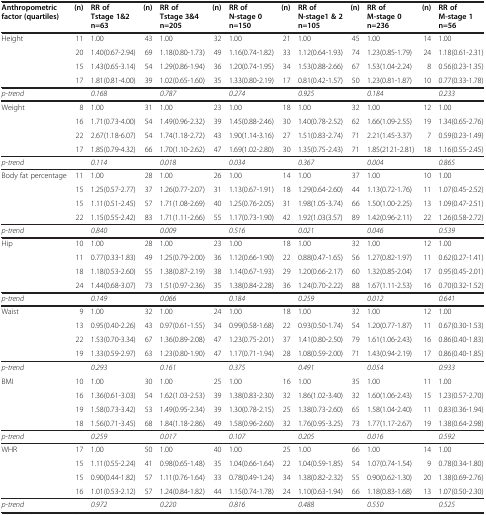
<table><thead><tr><td><b>Anthropometric factor (quartiles)</b></td><td><b>(n)</b></td><td><b>RR of Tstage 1&amp;2 n=63</b></td><td><b>(n)</b></td><td><b>RR of Tstage 3&amp;4 n=205</b></td><td><b>(n)</b></td><td><b>RR of N-stage 0 n=150</b></td><td><b>(n)</b></td><td><b>RR of N-stage1 &amp; 2 n=105</b></td><td><b>(n)</b></td><td><b>RR of M-stage 0 n=236</b></td><td><b>(n)</b></td><td><b>RR of M-stage 1 n=56</b></td></tr></thead><tbody><tr><td>Height</td><td>11</td><td>1.00</td><td>43</td><td>1.00</td><td>32</td><td>1.00</td><td>21</td><td>1.00</td><td>45</td><td>1.00</td><td>14</td><td>1.00</td></tr><tr><td> </td><td>20</td><td>1.40(0.67-2.94)</td><td>69</td><td>1.18(0.80-1.73)</td><td>49</td><td>1.16(0.74-1.82)</td><td>33</td><td>1.12(0.64-1.93)</td><td>74</td><td>1.23(0.85-1.79)</td><td>24</td><td>1.18(0.61-2.31)</td></tr><tr><td> </td><td>15</td><td>1.43(0.65-3.14)</td><td>54</td><td>1.29(0.86-1.94)</td><td>36</td><td>1.20(0.74-1.95)</td><td>34</td><td>1.53(0.88-2.66)</td><td>67</td><td>1.53(1.04-2.24)</td><td>8</td><td>0.56(0.23-1.35)</td></tr><tr><td> </td><td>17</td><td>1.81(0.81-4.00)</td><td>39</td><td>1.02(0.65-1.60)</td><td>35</td><td>1.33(0.80-2.19)</td><td>17</td><td>0.81(0.42-1.57)</td><td>50</td><td>1.23(0.81-1.87)</td><td>10</td><td>0.77(0.33-1.78)</td></tr><tr><td><i>p-trend</i></td><td> </td><td><i>0.168</i></td><td> </td><td><i>0.787</i></td><td> </td><td><i>0.274</i></td><td> </td><td><i>0.925</i></td><td> </td><td><i>0.184</i></td><td> </td><td><i>0.233</i></td></tr><tr><td>Weight</td><td>8</td><td>1.00</td><td>31</td><td>1.00</td><td>23</td><td>1.00</td><td>18</td><td>1.00</td><td>32</td><td>1.00</td><td>12</td><td>1.00</td></tr><tr><td> </td><td>16</td><td>1.71(0.73-4.00)</td><td>54</td><td>1.49(0.96-2.32)</td><td>39</td><td>1.45(0.88-2.46)</td><td>30</td><td>1.40(0.78-2.52)</td><td>62</td><td>1.66(1.09-2.55)</td><td>19</td><td>1.34(0.65-2.76)</td></tr><tr><td> </td><td>22</td><td>2.67(1.18-6.07)</td><td>54</td><td>1.74(1.18-2.72)</td><td>43</td><td>1.90(1.14-3.16)</td><td>27</td><td>1.51(0.83-2.74)</td><td>71</td><td>2.21(1.45-3.37)</td><td>7</td><td>0.59(0.23-1.49)</td></tr><tr><td> </td><td>17</td><td>1.85(0.79-4.32)</td><td>66</td><td>1.70(1.10-2.62)</td><td>47</td><td>1.69(1.02-2.80)</td><td>30</td><td>1.35(0.75-2.43)</td><td>71</td><td>1.85(2121-2.81)</td><td>18</td><td>1.16(0.55-2.45)</td></tr><tr><td><i>p-trend</i></td><td> </td><td><i>0.114</i></td><td> </td><td><i>0.018</i></td><td> </td><td><i>0.034</i></td><td> </td><td><i>0.367</i></td><td> </td><td><i>0.004</i></td><td> </td><td><i>0.865</i></td></tr><tr><td>Body fat percentage</td><td>11</td><td>1.00</td><td>28</td><td>1.00</td><td>26</td><td>1.00</td><td>14</td><td>1.00</td><td>37</td><td>1.00</td><td>10</td><td>1.00</td></tr><tr><td> </td><td>15</td><td>1.25(0.57-2.77)</td><td>37</td><td>1.26(0.77-2.07)</td><td>31</td><td>1.13(0.67-1.91)</td><td>18</td><td>1.29(0.64-2.60)</td><td>44</td><td>1.13(0.72-1.76)</td><td>11</td><td>1.07(0.45-2.52)</td></tr><tr><td> </td><td>15</td><td>1.11(0.51-2.45)</td><td>57</td><td>1.71(1.08-2.69)</td><td>40</td><td>1.25(0.76-2.05)</td><td>31</td><td>1.98(1.05-3.74)</td><td>66</td><td>1.50(1.00-2.25)</td><td>13</td><td>1.09(0.47-2.51)</td></tr><tr><td> </td><td>22</td><td>1.15(0.55-2.42)</td><td>83</td><td>1.71(1.11-2.66)</td><td>55</td><td>1.17(0.73-1.90)</td><td>42</td><td>1.92(1.03(3.57)</td><td>89</td><td>1.42(0.96-2.11)</td><td>22</td><td>1.26(0.58-2.72)</td></tr><tr><td><i>p-trend</i></td><td> </td><td><i>0.840</i></td><td> </td><td><i>0.009</i></td><td> </td><td><i>0.516</i></td><td> </td><td><i>0.021</i></td><td> </td><td><i>0.046</i></td><td> </td><td><i>0.539</i></td></tr><tr><td>Hip</td><td>10</td><td>1.00</td><td>28</td><td>1.00</td><td>23</td><td>1.00</td><td>18</td><td>1.00</td><td>32</td><td>1.00</td><td>12</td><td>1.00</td></tr><tr><td> </td><td>11</td><td>0.77(0.33-1.83)</td><td>49</td><td>1.25(0.79-2.00)</td><td>36</td><td>1.12(0.66-1.90)</td><td>22</td><td>0.88(0.47-1.65)</td><td>56</td><td>1.27(0.82-1.97)</td><td>11</td><td>0.62(0.27-1.41)</td></tr><tr><td> </td><td>18</td><td>1.18(0.53-2.60)</td><td>55</td><td>1.38(0.87-2.19)</td><td>38</td><td>1.14(0.67-1.93)</td><td>29</td><td>1.20(0.66-2.17)</td><td>60</td><td>1.32(0.85-2.04)</td><td>17</td><td>0.95(0.45-2.01)</td></tr><tr><td> </td><td>24</td><td>1.44(0.68-3.07)</td><td>73</td><td>1.51(0.97-2.36)</td><td>35</td><td>1.38(0.84-2.28)</td><td>36</td><td>1.24(0.70-2.22)</td><td>88</td><td>1.67(1.11-2.53)</td><td>16</td><td>0.70(0.32-1.52)</td></tr><tr><td><i>p-trend</i></td><td> </td><td><i>0.149</i></td><td> </td><td><i>0.066</i></td><td> </td><td><i>0.184</i></td><td> </td><td><i>0.259</i></td><td> </td><td><i>0.012</i></td><td> </td><td><i>0.641</i></td></tr><tr><td>Waist</td><td>9</td><td>1.00</td><td>32</td><td>1.00</td><td>24</td><td>1.00</td><td>18</td><td>1.00</td><td>32</td><td>1.00</td><td>12</td><td>1.00</td></tr><tr><td> </td><td>13</td><td>0.95(0.40-2.26)</td><td>43</td><td>0.97(0.61-1.55)</td><td>34</td><td>0.99(0.58-1.68)</td><td>22</td><td>0.93(0.50-1.74)</td><td>54</td><td>1.20(0.77-1.87)</td><td>11</td><td>0.67(0.30-1.53)</td></tr><tr><td> </td><td>22</td><td>1.53(0.70-3.34)</td><td>67</td><td>1.36(0.89-2.08)</td><td>47</td><td>1.23(0.75-2.01)</td><td>37</td><td>1.41(0.80-2.50)</td><td>79</td><td>1.61(1.06-2.43)</td><td>16</td><td>0.86(0.40-1.83)</td></tr><tr><td> </td><td>19</td><td>1.33(0.59-2.97)</td><td>63</td><td>1.23(0.80-1.90)</td><td>47</td><td>1.17(0.71-1.94)</td><td>28</td><td>1.08(0.59-2.00)</td><td>71</td><td>1.43(0.94-2.19)</td><td>17</td><td>0.86(0.40-1.85)</td></tr><tr><td><i>p-trend</i></td><td> </td><td><i>0.293</i></td><td> </td><td><i>0.161</i></td><td> </td><td><i>0.375</i></td><td> </td><td><i>0.491</i></td><td> </td><td><i>0.054</i></td><td> </td><td><i>0.933</i></td></tr><tr><td>BMI</td><td>10</td><td>1.00</td><td>30</td><td>1.00</td><td>25</td><td>1.00</td><td>16</td><td>1.00</td><td>35</td><td>1.00</td><td>11</td><td>1.00</td></tr><tr><td> </td><td>16</td><td>1.36(0.61-3.03)</td><td>54</td><td>1.62(1.03-2.53)</td><td>39</td><td>1.38(0.83-2.30)</td><td>32</td><td>1.86(1.02-3.40)</td><td>32</td><td>1.60(1.06-2.43)</td><td>15</td><td>1.23(0.57-2.70)</td></tr><tr><td> </td><td>19</td><td>1.58(0.73-3.42)</td><td>53</td><td>1.49(0.95-2.34)</td><td>39</td><td>1.30(0.78-2.15)</td><td>25</td><td>1.38(0.73-2.60)</td><td>65</td><td>1.58(1.04-2.40)</td><td>11</td><td>0.83(0.36-1.94)</td></tr><tr><td> </td><td>18</td><td>1.56(0.71-3.45)</td><td>68</td><td>1.84(1.18-2.86)</td><td>49</td><td>1.58(0.96-2.60)</td><td>32</td><td>1.76(0.95-3.25)</td><td>73</td><td>1.77(1.17-2.67)</td><td>19</td><td>1.38(0.64-2.98)</td></tr><tr><td><i>p-trend</i></td><td> </td><td><i>0.259</i></td><td> </td><td><i>0.017</i></td><td> </td><td><i>0.107</i></td><td> </td><td><i>0.205</i></td><td> </td><td><i>0.016</i></td><td> </td><td><i>0.592</i></td></tr><tr><td>WHR</td><td>17</td><td>1.00</td><td>50</td><td>1.00</td><td>40</td><td>1.00</td><td>25</td><td>1.00</td><td>66</td><td>1.00</td><td>14</td><td>1.00</td></tr><tr><td> </td><td>15</td><td>1.11(0.55-2.24)</td><td>41</td><td>0.98(0.65-1.48)</td><td>35</td><td>1.04(0.66-1.64)</td><td>22</td><td>1.04(0.59-1.85)</td><td>54</td><td>1.07(0.74-1.54)</td><td>9</td><td>0.78(0.34-1.80)</td></tr><tr><td> </td><td>15</td><td>0.90(0.44-1.82)</td><td>57</td><td>1.11(0.76-1.64)</td><td>33</td><td>0.78(0.49-1.24)</td><td>34</td><td>1.38(0.82-2.32)</td><td>55</td><td>0.90(0.62-1.30)</td><td>20</td><td>1.38(0.69-2.76)</td></tr><tr><td> </td><td>16</td><td>1.01(0.53-2.12)</td><td>57</td><td>1.24(0.84-1.82)</td><td>44</td><td>1.15(0.74-1.78)</td><td>24</td><td>1.10(0.63-1.94)</td><td>66</td><td>1.18(0.83-1.68)</td><td>13</td><td>1.07(0.50-2.30)</td></tr><tr><td><i>p-trend</i></td><td> </td><td><i>0.972</i></td><td> </td><td><i>0.220</i></td><td> </td><td><i>0.816</i></td><td> </td><td><i>0.488</i></td><td> </td><td><i>0.550</i></td><td> </td><td><i>0.525</i></td></tr></tbody></table>